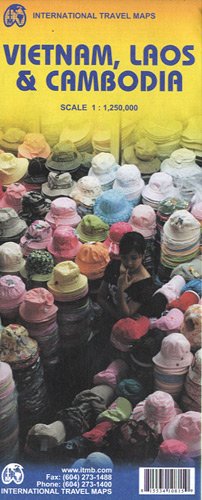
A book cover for Vietnam, Laos & Cambodia 1:1,250,000 Regional Travel Map; ITM Canada; Travel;